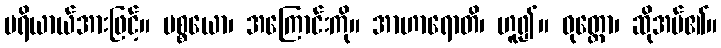
ပရိယာယ်အားဖြင့်။ ပစ္စယော၊ အကြောင်းကို။ အာဟာရောတိ၊ ဟူ၍။ ဝုတ္တော၊ ဆိုအပ်၏။